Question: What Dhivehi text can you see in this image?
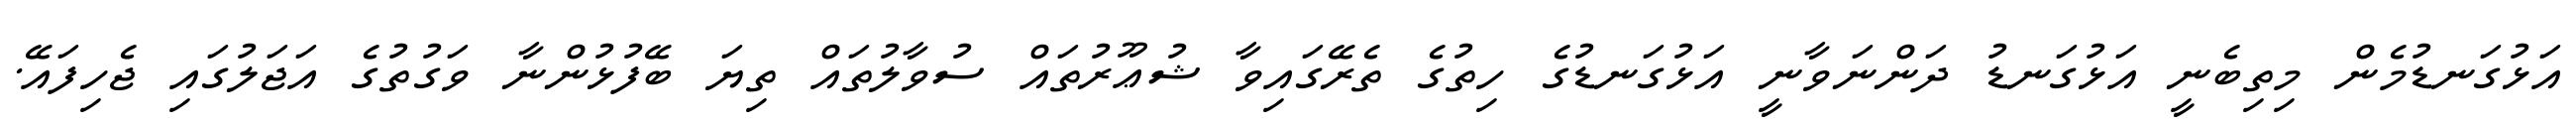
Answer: އަޅުގަނޑުމެން މިތިބެނީ އަޅުގަނޑު ދަންނަވާނީ އަޅުގަނޑުގެ ހިތުގެ ތެރޭގައިވާ ޝުޢޫރުތައް ސުވާލުތައް ތިޔަ ބޭފުޅުންނާ ވަގުތުގެ އަޖަލުގައި ޖެހިފައޭ.